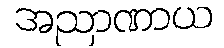
အညာဏာယ